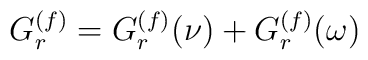
G_r\sp{(f)}=G_r\sp{(f)}(\nu)+G_r\sp{(f)}(\omega)